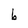
Character: b